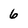
Character: 6